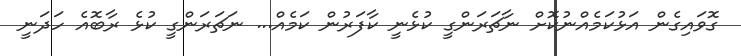
ގޮވައިގެން އަޅުކަމެއްނުކޮށް ނާޗަރަންގީ ކުޅެނީ ކާފަރުން ކަމެއް... ނަޗަރަންގީ ކުޅެ ރާބޮއެ ހަދަނީ